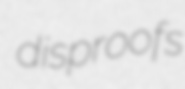
disproofs